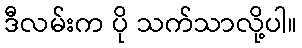
ဒီလမ်းက ပို သက်သာလို့ပါ။